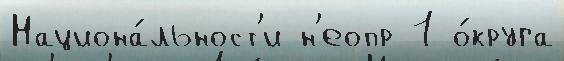
Национа́льност'и н'еопр 1 о́круга